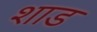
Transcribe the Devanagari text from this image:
शाड